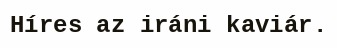
Híres az iráni kaviár.